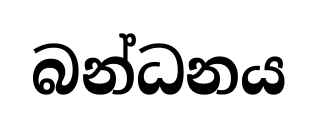
බන්ධනය